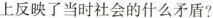
上反映了当时社会的什么矛盾?